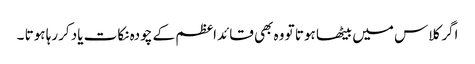
اگر کلاس میں بیٹھا ہوتا تو وہ بھی قائداعظم کے چودہ نکات یاد کررہا ہوتا ۔